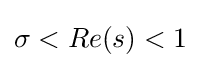
{\textstyle \sigma <Re(s)<1}